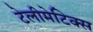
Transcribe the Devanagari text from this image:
टेलीमेटिक्स